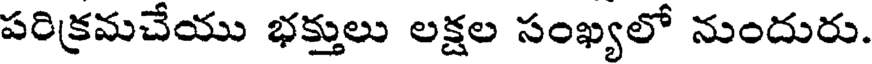
పరిక్రమచేయు భక్తులు లక్షల సంఖ్యలో నుందురు.